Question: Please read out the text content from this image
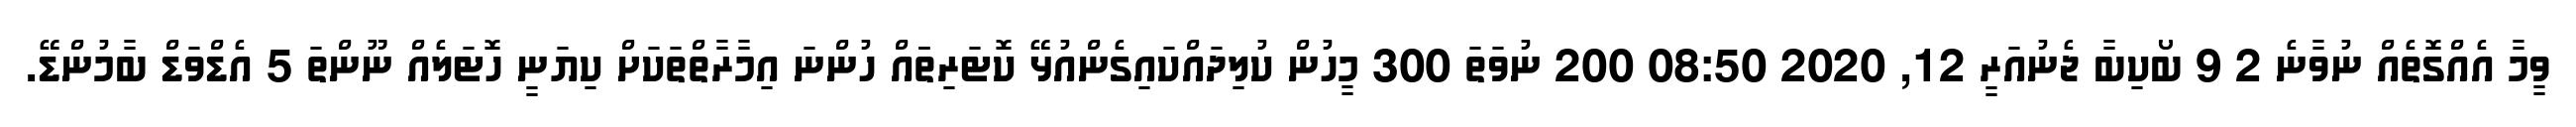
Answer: ވީމާ އެއްގޮތެއް ނުވާނެ 2 9 ބޯކިބާ ޖެނުއަރީ 12, 2020 08:50 200 ނުވަތަ 300 މީހުން ކުލިދައްކައިގެންއުޅޭ ކޮޓަރިތަައް ހުންނަ އިމާރާތްތަކަށް ކިޔަނީ ހޮޓަލެއް ނޫންތަ 5 އެޑްވަޑް ބާމުންޑޭ.